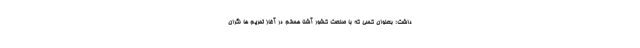
داشت: بعنوان کسی که با صنعت کشور آشنا هستم در آغاز تحریم ها نگران